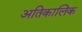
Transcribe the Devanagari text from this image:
अतिकालिक